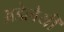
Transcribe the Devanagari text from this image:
अडेलेयी